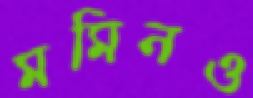
মমিনও